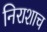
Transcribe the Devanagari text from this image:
निराशाच